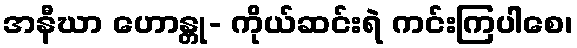
အနီဃာ ဟောန္တု- ကိုယ်ဆင်းရဲ ကင်းကြပါစေ၊